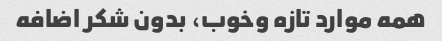
همه موارد تازه وخوب، بدون شکر اضافه